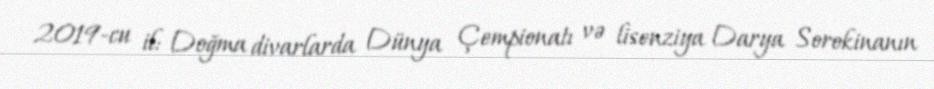
2019-cu il: Doğma divarlarda Dünya Çempionatı və lisenziya Darya Sorokinanın